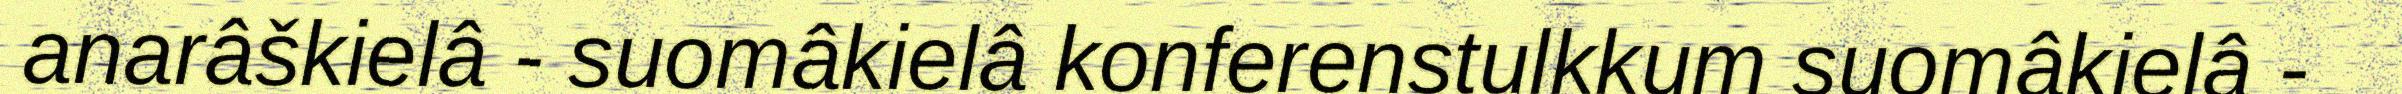
anarâškielâ - suomâkielâ konferenstulkkum suomâkielâ -